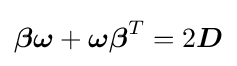
{\boldsymbol {\beta }}{\boldsymbol {\omega }}+{\boldsymbol {\omega }}{\boldsymbol {\beta }}^{T}=2{\boldsymbol {D}}